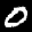
Label: 0